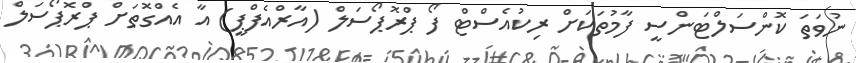
ނުވަތަ ކޮންސަލްޓަންސީ ފާމުތަކަށް ރިކުއެސްޓް ފޯ ޕްރޮޕޯސަލް (އާރްއެފްޕީ) އާ އެއްގޮތަށް ޕްރޮޕޯސަލް